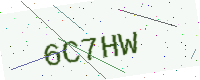
Text: 6C7HW